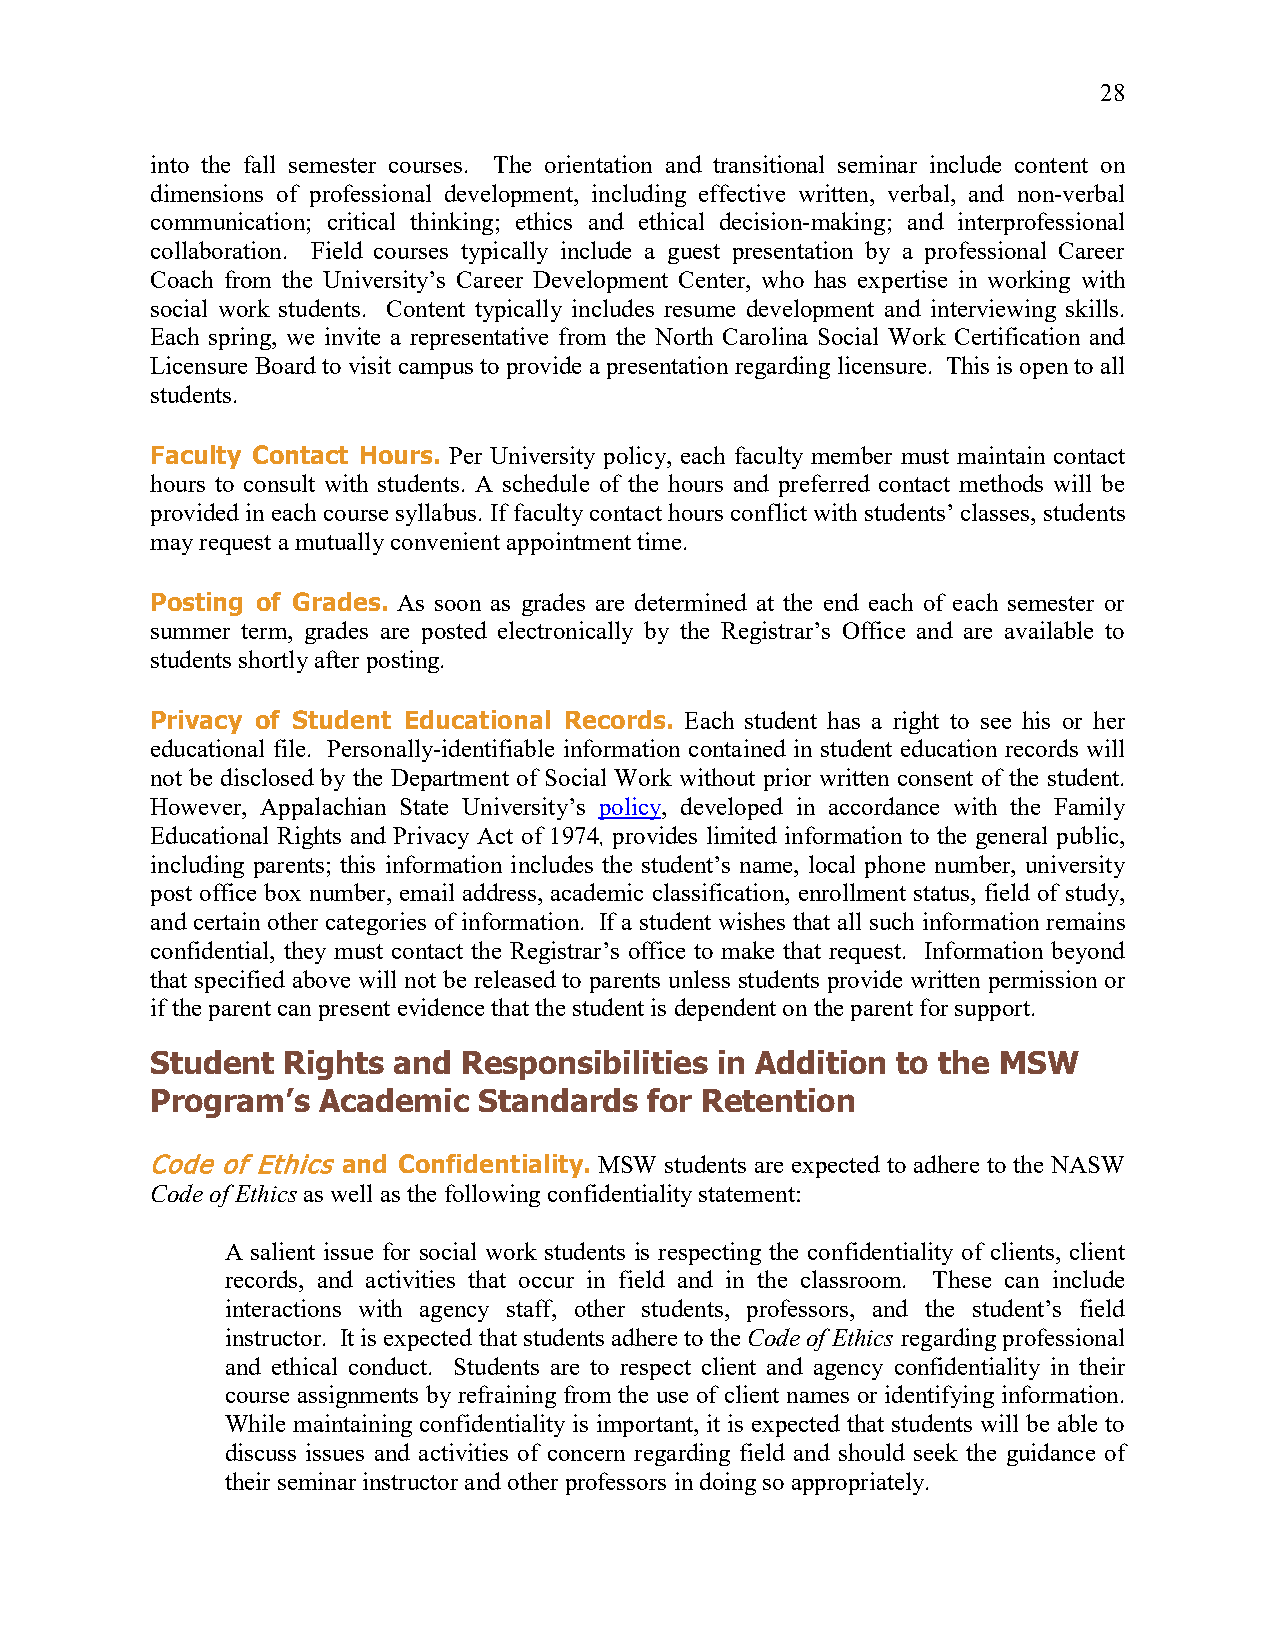
28
 into the fall semester courses. The orientation and transitional seminar include content on
 dimensions of professional development, including effective written, verbal, and non-verbal
 communication; critical thinking; ethics and ethical decision-making; and interprofessional
 collaboration. Field courses typically include a guest presentation by a professional Career
 Coach from the University’s Career Development Center, who has expertise in working with
 social work students. Content typically includes resume development and interviewing skills.
 Each spring, we invite a representative from the North Carolina Social Work Certification and
 Licensure Board to visit campus to provide a presentation regarding licensure. This is open to all
 students.
 Faculty Contact Hours. Per University policy, each faculty member must maintain contact
 hours to consult with students. A schedule of the hours and preferred contact methods will be
 provided in each course syllabus. If faculty contact hours conflict with students’ classes, students
 may request a mutually convenient appointment time.
 Posting of Grades. As soon as grades are determined at the end each of each semester or
 summer term, grades are posted electronically by the Registrar’s Office and are available to
 students shortly after posting.
 Privacy of Student Educational Records. Each student has a right to see his or her
 educational file. Personally-identifiable information contained in student education records will
 not be disclosed by the Department of Social Work without prior written consent of the student.
 However, Appalachian State University’s policy, developed in accordance with the Family
 Educational Rights and Privacy Act of 1974, provides limited information to the general public,
 including parents; this information includes the student’s name, local phone number, university
 post office box number, email address, academic classification, enrollment status, field of study,
 and certain other categories of information. If a student wishes that all such information remains
 confidential, they must contact the Registrar’s office to make that request. Information beyond
 that specified above will not be released to parents unless students provide written permission or
 if the parent can present evidence that the student is dependent on the parent for support.
 Student  Rights and  Responsibilities in Addition to the MSW
 Program’s  Academic   Standards  for Retention
 Code of Ethics and Confidentiality. MSW students are expected to adhere to the NASW
 Code of Ethics as well as the following confidentiality statement:
 A salient issue for social work students is respecting the confidentiality of clients, client
 records, and activities that occur in field and in the classroom. These can include
 interactions with agency staff, other students, professors, and the student’s field
 instructor. It is expected that students adhere to the Code of Ethics regarding professional
 and ethical conduct. Students are to respect client and agency confidentiality in their
 course assignments by refraining from the use of client names or identifying information.
 While maintaining confidentiality is important, it is expected that students will be able to
 discuss issues and activities of concern regarding field and should seek the guidance of
 their seminar instructor and other professors in doing so appropriately.